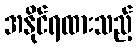
အနိုင်ရထားသည့်